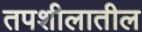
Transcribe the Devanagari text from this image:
तपशीलातील